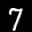
Label: 7